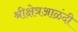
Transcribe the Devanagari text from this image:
श्रीक्षेत्रआळंदी